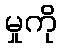
မှုကို